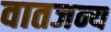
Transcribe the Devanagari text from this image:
वातजन्य